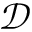
\mathcal { D }